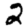
Digit: 2